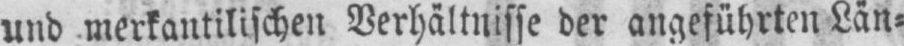
und merkantilischen Verhältnisse der angeführten Län⸗